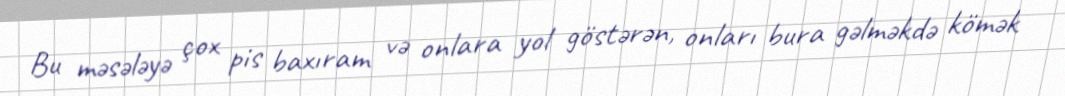
Bu məsələyə çox pis baxıram və onlara yol göstərən, onları bura gəlməkdə kömək